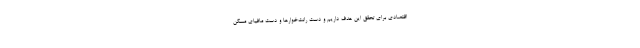
اقتصادی برای تحقق این هدف داریم و دست رانت‌خوارها و دست مافیای مسکن